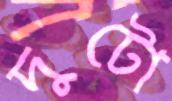
দুটো